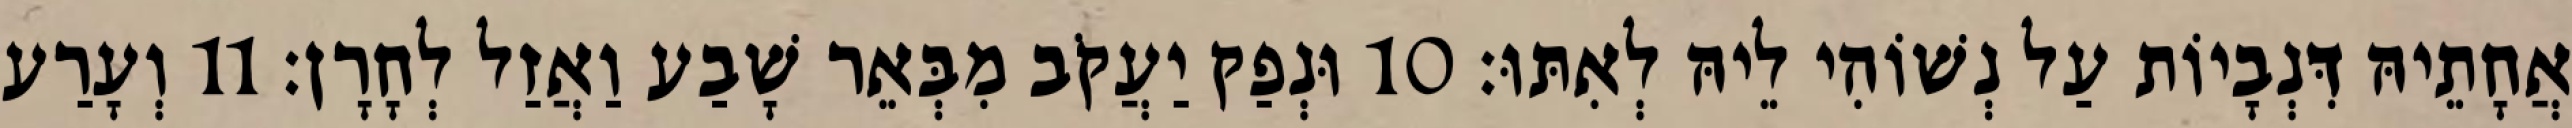
אֲחָתֵיהּ דִּנְבָיוֹת עַל נְשׁוֹהִי לֵיהּ לְאִתּוּ׃ 10 וּנְפַק יַעֲקֹב מִבְּאֵר שָׁבַע וַאֲזַל לְחָרָן׃ 11 וְעָרַע